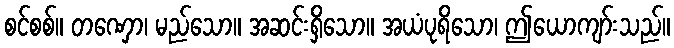
စင်စစ်။ တဏှော၊ မည်သော။ အဆင်းရှိသော။ အယံပုရိသော၊ ဤယောကျာ်းသည်။